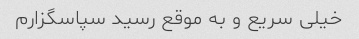
خیلی سریع و به موقع رسید سپاسگزارم